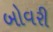
બોવરી